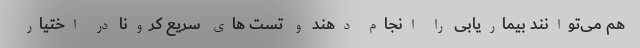
هم می‌توانند بیماریابی را انجام دهند و تست های سریع کرونا در اختیار